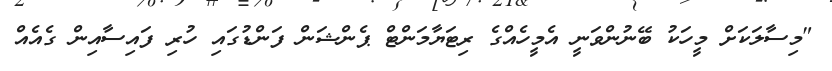
"މިސާލަކަށް މީހަކު ބޭނުންވަނީ އެމީހެއްގެ ރިޓަޔާމަންޓް ޕެންޝަން ފަންޑުގައި ހުރި ފައިސާއިން ގެއެއް